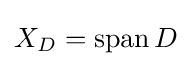
X_{D}=\operatorname {span} D